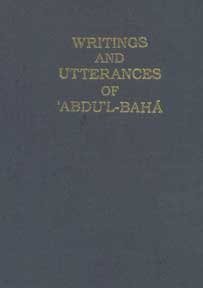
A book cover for Writings and Utterances of Abdu'l-Baha; Religion & Spirituality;